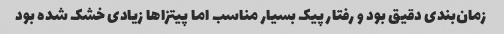
زمان‌بندی دقیق بود و رفتار پیک بسیار مناسب اما پیتزاها زیادی خشک شده بود